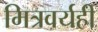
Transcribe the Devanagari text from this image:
मित्रवर्यही